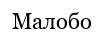
Малобо